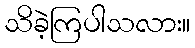
သိခဲ့ကြပါသလား။